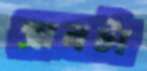
প্রানটা